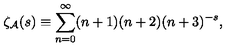
\zeta _ { \cal A } ( s ) \equiv \sum _ { n = 0 } ^ { \infty } ( n + 1 ) ( n + 2 ) ( n + 3 ) ^ { - s } ,